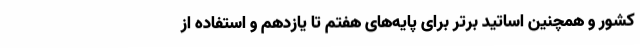
کشور و همچنین اساتید برتر برای پایه‌های هفتم تا یازدهم و استفاده از